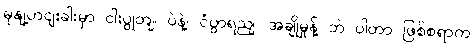
မုနျ့ဟငျးခါးမှာ ငါးပွုတျ၊ ပဲနဲ့၊ ငံပွာရညျ၊ အချိုမှုန့် ဘဲ ပါတာ ဖြစ်စရာက